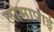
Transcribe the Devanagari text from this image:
लोभापाई